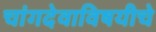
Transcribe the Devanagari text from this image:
चांगदेवाविषयीचे